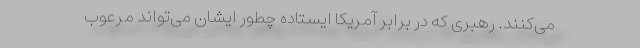
می‌کنند. رهبری که در برابر آمریکا ایستاده چطور ایشان می‌تواند مرعوب